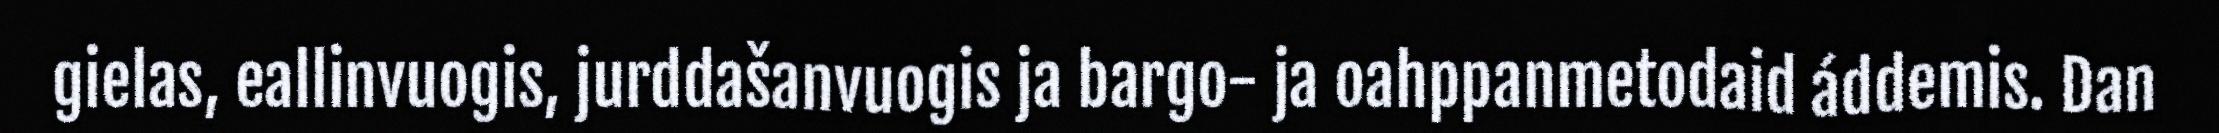
gielas, eallinvuogis, jurddašanvuogis ja bargo- ja oahppanmetodaid áddemis. Dan